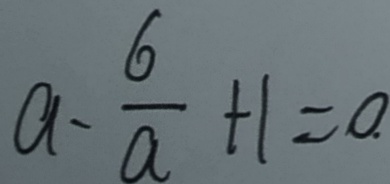
a - \frac { 6 } { a } + 1 = 0 .